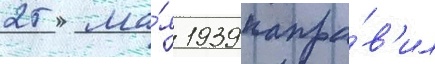
25 ма́я 1939 напра́в'ил